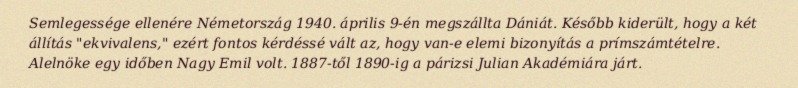
Semlegessége ellenére Németország 1940. április 9-én megszállta Dániát. Később kiderült, hogy a két állítás "ekvivalens," ezért fontos kérdéssé vált az, hogy van-e elemi bizonyítás a prímszámtételre. Alelnöke egy időben Nagy Emil volt. 1887-től 1890-ig a párizsi Julian Akadémiára járt.